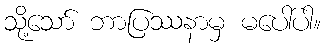
သို့သော် ဘာပြဿနာမှ မပေါ်ပါ။